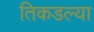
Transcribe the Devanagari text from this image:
तिकडल्या